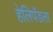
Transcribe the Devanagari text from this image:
हेलिपॅडला